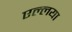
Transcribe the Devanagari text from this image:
एल्लया